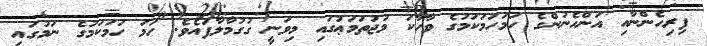
ފިރިހެންނާއި އަންހެނުންގެ ހަމަހަމަކަމުގެ ވާހާކަ މުޖުތަމަޢުގައި މިވަނީ ގުގުމާލާފައެވެ. ހަމަ ހަމަކަމުގެ ނަމުގައި